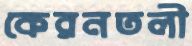
কেরনতলী